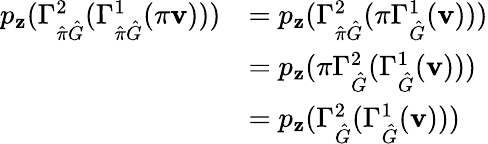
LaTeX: \begin{array}{rl}{p_{\mathbf{z}}(\Gamma_{\hat{\pi}\hat{G}}^{2}(\Gamma_{\hat{\pi}\hat{G}}^{1}(\pi\mathbf{v})))}&{=p_{\mathbf{z}}(\Gamma_{\hat{\pi}\hat{G}}^{2}(\pi\Gamma_{\hat{G}}^{1}(\mathbf{v})))}\\ &{=p_{\mathbf{z}}(\pi\Gamma_{\hat{G}}^{2}(\Gamma_{\hat{G}}^{1}(\mathbf{v})))}\\ &{=p_{\mathbf{z}}(\Gamma_{\hat{G}}^{2}(\Gamma_{\hat{G}}^{1}(\mathbf{v})))}\end{array}